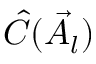
\hat { C } ( \vec { A } _ { l } )